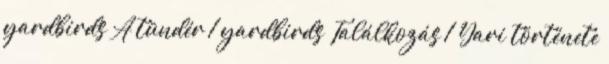
yardbirds A tündér 1 yardbirds Találkozás 1 Yari története